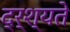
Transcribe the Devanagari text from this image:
द्र्श्यते